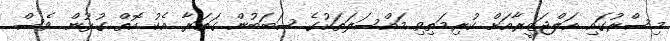
މިސްރުގައި އަލްޖަޒީރާއަށް ކުރިމަތިވި މައްސަލަތަކުގެ ސަބަބުން ގަތަރާ އެކު އޮތް ގުޅުން ވެސް